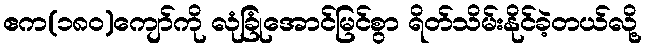
ဧက(၁၈၀)ကျော်ကို လုံခြုံအောင်မြင်စွာ ရိတ်သိမ်းနိုင်ခဲ့တယ်လို့